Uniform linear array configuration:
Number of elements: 4
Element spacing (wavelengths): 1
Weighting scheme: binomial
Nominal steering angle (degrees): -15
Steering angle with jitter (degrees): -14.181
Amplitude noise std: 0.05
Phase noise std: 0.05

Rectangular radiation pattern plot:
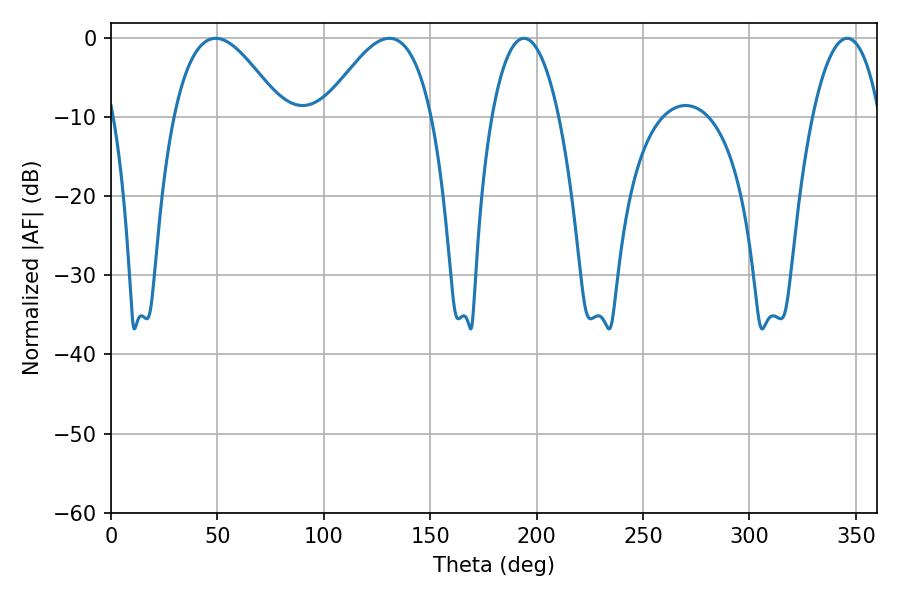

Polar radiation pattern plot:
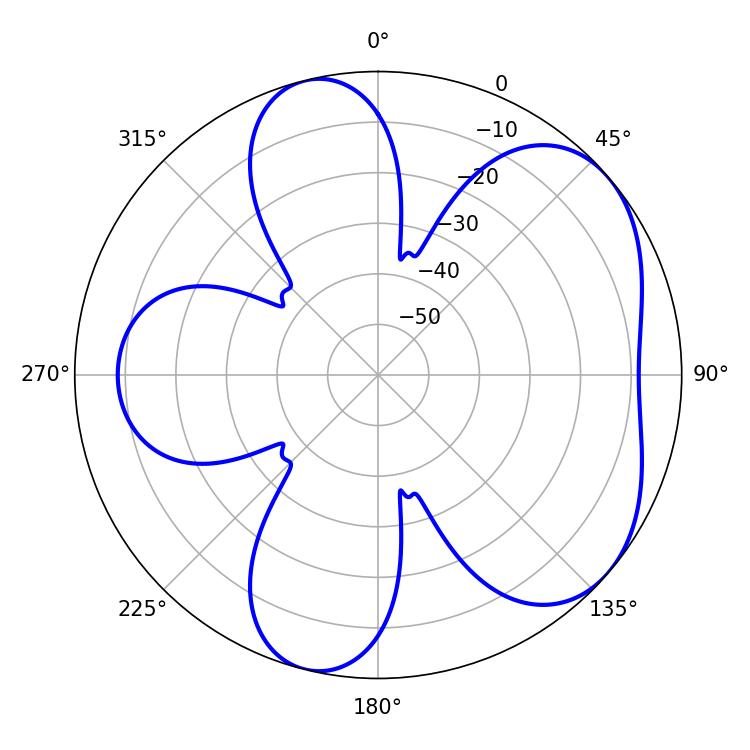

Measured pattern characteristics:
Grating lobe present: TRUE
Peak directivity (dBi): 5.11
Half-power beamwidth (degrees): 17.64
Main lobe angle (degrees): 194.04